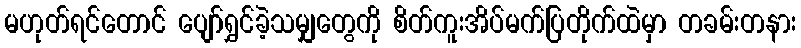
မဟုတ်ရင်တောင် ပျော်ရွှင်ခဲ့သမျှတွေကို စိတ်ကူးအိပ်မက်ပြတိုက်ထဲမှာ တခမ်းတနား